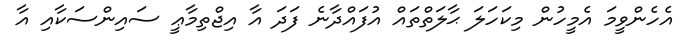
އެހެންވީމަ އެމީހުން މިކަހަލަ ޙާލަތްތައް އުފައްދާނެ ފަދަ އާ އިޖްތިމާޢީ ސައިންސަކާއި އާ